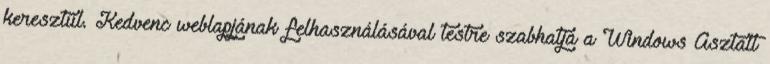
keresztül. Kedvenc weblapjának felhasználásával testre szabhatja a Windows Asztalt